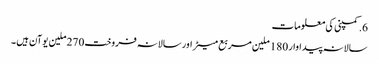
6.کمپنی کی معلومات
سالانہ پیداوار 180 ملین مربع میٹر اور سالانہ فروخت 270 ملین یوآن ہیں ۔